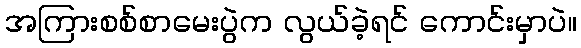
အကြားစစ်စာမေးပွဲက လွယ်ခဲ့ရင် ကောင်းမှာပဲ။